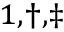
^ { 1 , \dagger , \ddagger }